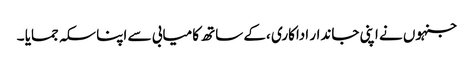
جنہوں نے اپنی جاندار اداکاری ،کے ساتھ کامیابی سے اپنا سکہ جمایا ۔